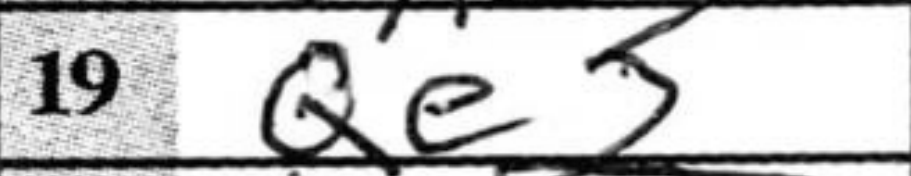
Transcription: Qe3